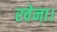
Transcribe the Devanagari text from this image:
रवेना।